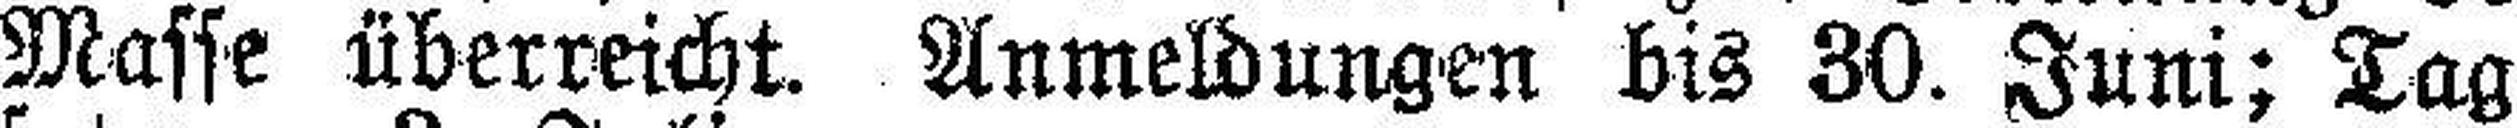
Masse überreicht. Anmeldungen bis 30. Juni; Tag¬